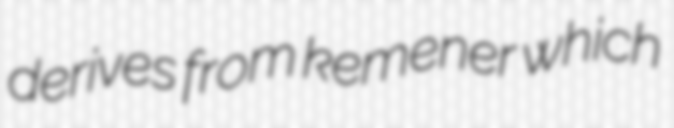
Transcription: derives from kemener which